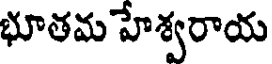
భూతమ హేశ్వరాయ